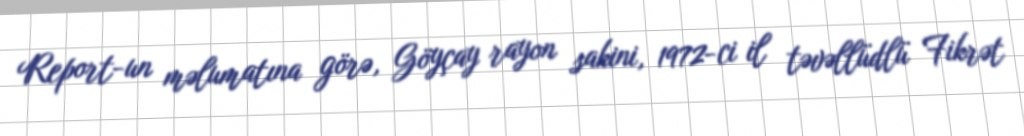
Report-un məlumatına görə, Göyçay rayon sakini, 1972-ci il təvəllüdlü Fikrət